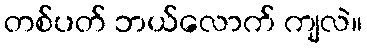
တစ်ပတ် ဘယ်လောက် ကျလဲ။